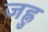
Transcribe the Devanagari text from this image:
जह्नु